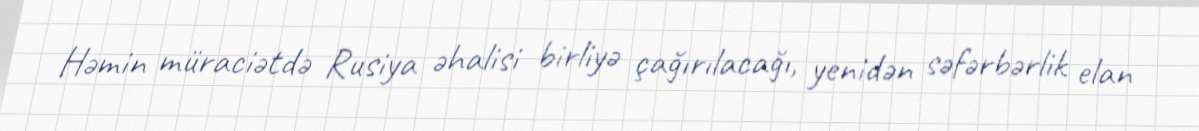
Həmin müraciətdə Rusiya əhalisi birliyə çağırılacağı, yenidən səfərbərlik elan